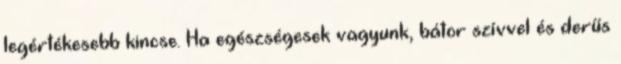
legértékesebb kincse. Ha egészségesek vagyunk, bátor szívvel és derűs